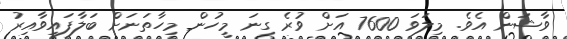
ވާޝަން އެވެ. މިލަވަ 7600 އަށް ވުރެ ގިނަ މީހުން މިހާތަނަށް ބަލާފައިވާއިރު